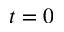
t = 0